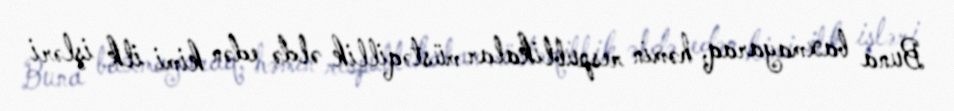
Buna baxmayaraq, həmin respublikalar müstəqillik əldə edən kimi ilk işləri